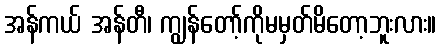
အန်ကယ် အန်တီ၊ ကျွန်တော့်ကိုမမှတ်မိတော့ဘူးလား။